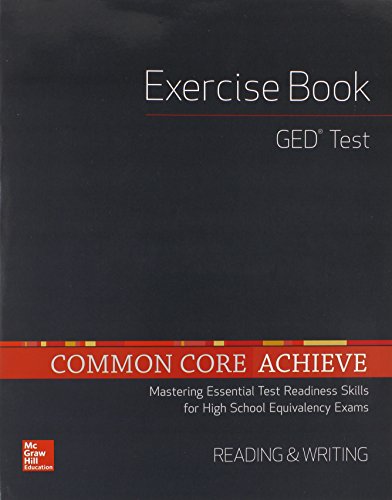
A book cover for Common Core Achieve, GED Exercise Book Reading And Writing (CCSS FOR ADULT ED); Contemporary; Test Preparation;